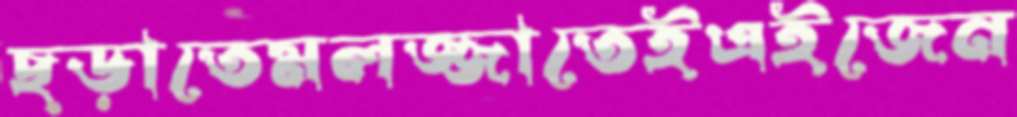
ছড়াতেমলজ্জাতেইএইজেন